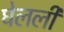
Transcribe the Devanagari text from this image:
घेलली